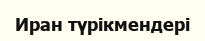
Иран түрікмендері